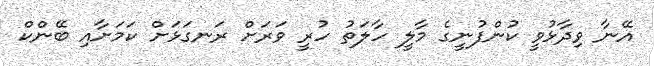
އޭނާ ވިދާޅުވީ ކުންފުނީގެ މާލީ ހާލަތު ހުރީ ވަރަށް ރަނގަޅަށް ކަމަށާއި ބޭންކް